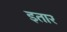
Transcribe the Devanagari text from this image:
इतार